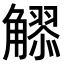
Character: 𧥂